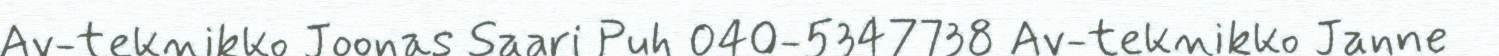
Av-teknikko Joonas Saari Puh 040-5347738 Av-teknikko Janne